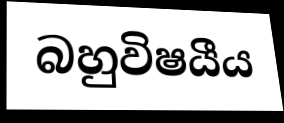
බහුවිෂයීය